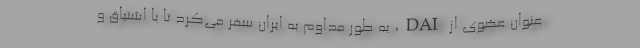
عنوان عضوی از DAI، به طور مداوم به ایران سفر می‌کرد تا با اشتیاق و